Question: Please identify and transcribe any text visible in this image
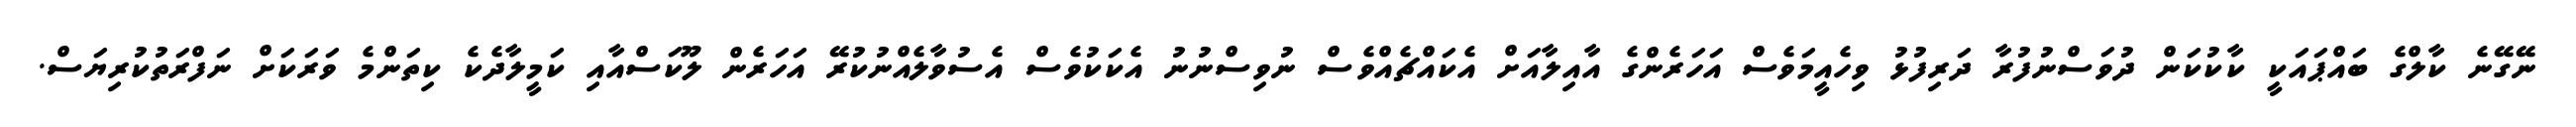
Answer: ނޭގޭނެ ކާލްގެ ބައްޕައަކީ ކާކުކަން ދުވަސްނުފުރާ ދަރިފުޅު ވިހެއީމަވެސް އަހަރެންގެ އާއިލާއަށް އެކައްޗެއްވެސް ނުވިސްނުނު އެކަކުވެސް އެސުވާލެއްނުކުރޭ އަހަރެން ލޫކަސްއާއި ކަމީލާދެކެ ކިތަންމެ ވަރަކަށް ނަފްރަތުކުރިޔަސް.